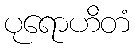
ပုရောဟိတံ